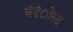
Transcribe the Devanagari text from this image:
बंदंीस्त